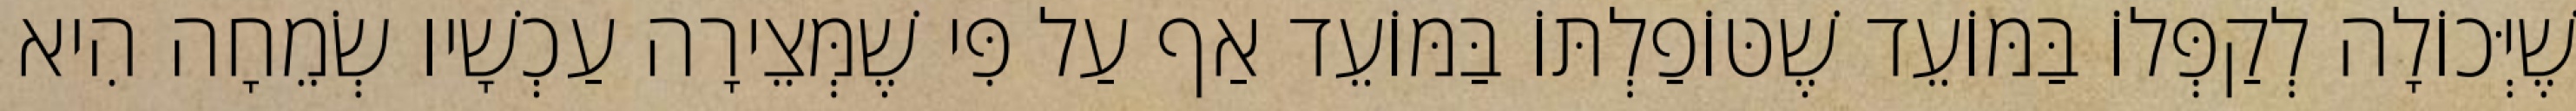
שֶׁיְּכוֹלָה לְקַפְּלוֹ בַּמּוֹעֵד שֶׁטּוֹפַלְתּוֹ בַּמּוֹעֵד אַף עַל פִּי שֶׁמְּצֵירָה עַכְשָׁיו שְׂמֵחָה הִיא